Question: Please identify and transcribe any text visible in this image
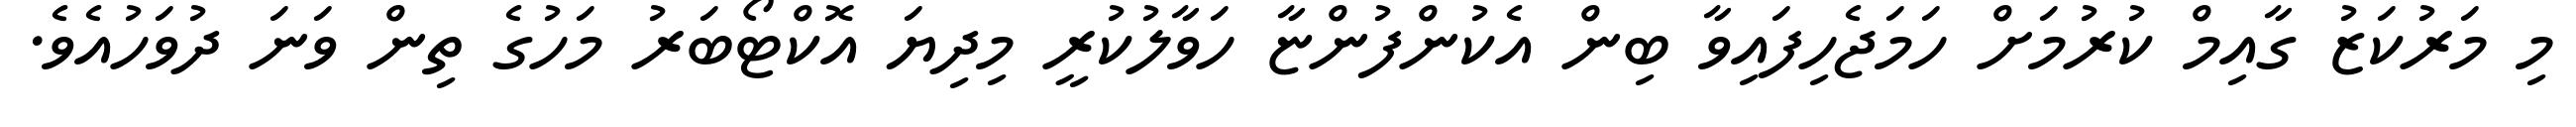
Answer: މި މަރުކަޒު ގާއިމް ކުރުމަށް ހަމަޖެހިފައިވާ ބިން އެކުންފުންޏާ ހަވާލުކުރީ މިދިޔަ އޮކްޓޯބަރު މަހުގެ ތިން ވަނަ ދުވަހުއެވެ.